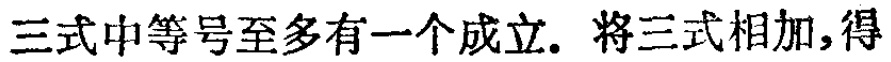
三式中等号至多有一个成立. 将三式相加,得